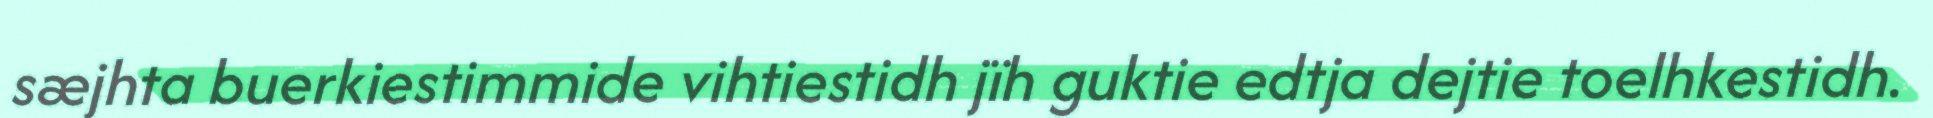
sæjhta buerkiestimmide vihtiestidh jïh guktie edtja dejtie toelhkestidh.